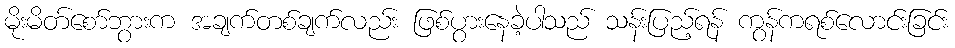
မိုးမိတ်စော်ဘွားက အချက်တစ်ချက်လည်း ဖြစ်ပွားနေခဲ့ပါသည် သန်းပြည့်ရန် ကွန်ကရစ်လောင်းခြင်း